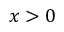
x > 0